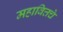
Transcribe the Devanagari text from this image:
महावित्तचे